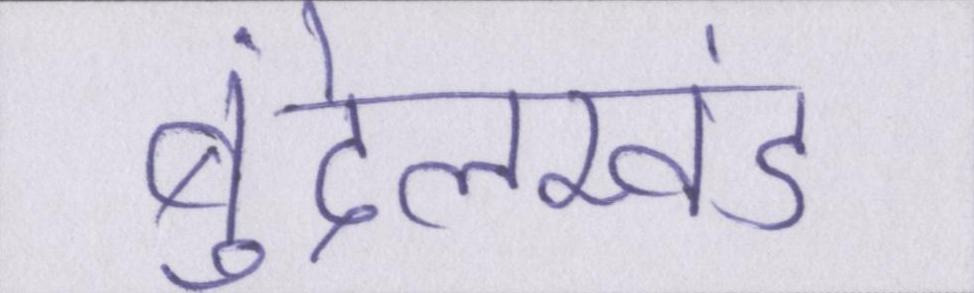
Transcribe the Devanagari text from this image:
बुंदेलखंड